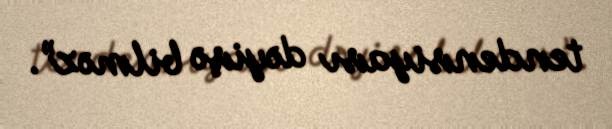
tendensiyası dəyişə bilməz”.